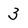
Character: 3